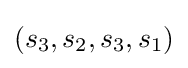
(s_{3},s_{2},s_{3},s_{1})